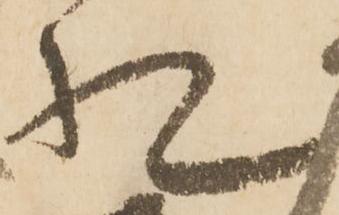
札